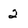
Character: 2